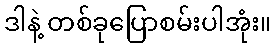
ဒါနဲ့ တစ်ခုပြောစမ်းပါအုံး။